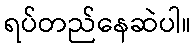
ရပ်တည်နေဆဲပါ။